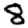
Digit: 8